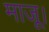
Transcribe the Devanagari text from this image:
माजू।